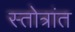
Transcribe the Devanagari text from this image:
स्तोत्रांत